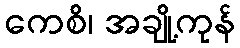
ကေစိ၊ အချို့ကုန်